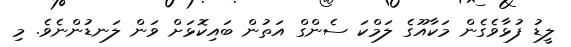
ލީޑު ފުޅާވެގެން މަކާއޫގެ ލަމްކަ ސެންގް އަތުން ބައިކޮޅަށް ވަން ލަނޑުންނެވެ. މި